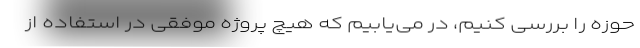
حوزه را بررسی کنیم، در می‌یابیم که هیچ پروژه موفقی در استفاده از